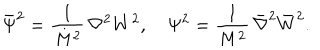
LaTeX: { \bar { \Psi } } ^ { 2 } = \frac { 1 } { M ^ { 2 } } \, \nabla ^ { 2 } { W ^ { 2 } } , \quad \Psi ^ { 2 } = \frac { 1 } { M ^ { 2 } } \, { \bar { \nabla } } ^ { 2 } { \bar { W } } ^ { 2 } .